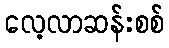
လေ့လာဆန်းစစ်